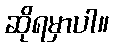
ဆိုရမှာပါ။